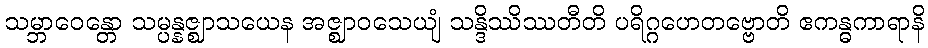
သမ္ဘာဝေန္တော သမ္ပန္နဇ္ဈာသယေန အဇ္ဈာဝသေယျံ သန္ဒိဿိဿတီတိ ပရိဂ္ဂဟေတဗ္ဗောတိ ဧကန္ဓကာရာနိ